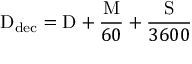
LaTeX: \mathrm { D } _ { \mathrm { d e c } } = \mathrm { D } + { \frac { \mathrm { M } } { 6 0 } } + { \frac { \mathrm { S } } { 3 6 0 0 } }